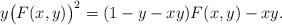
LaTeX: \begin{align*}y \big(F(x,y)\big)^2 = (1-y-xy) F(x,y) -xy.\end{align*}